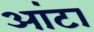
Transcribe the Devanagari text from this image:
आंटा